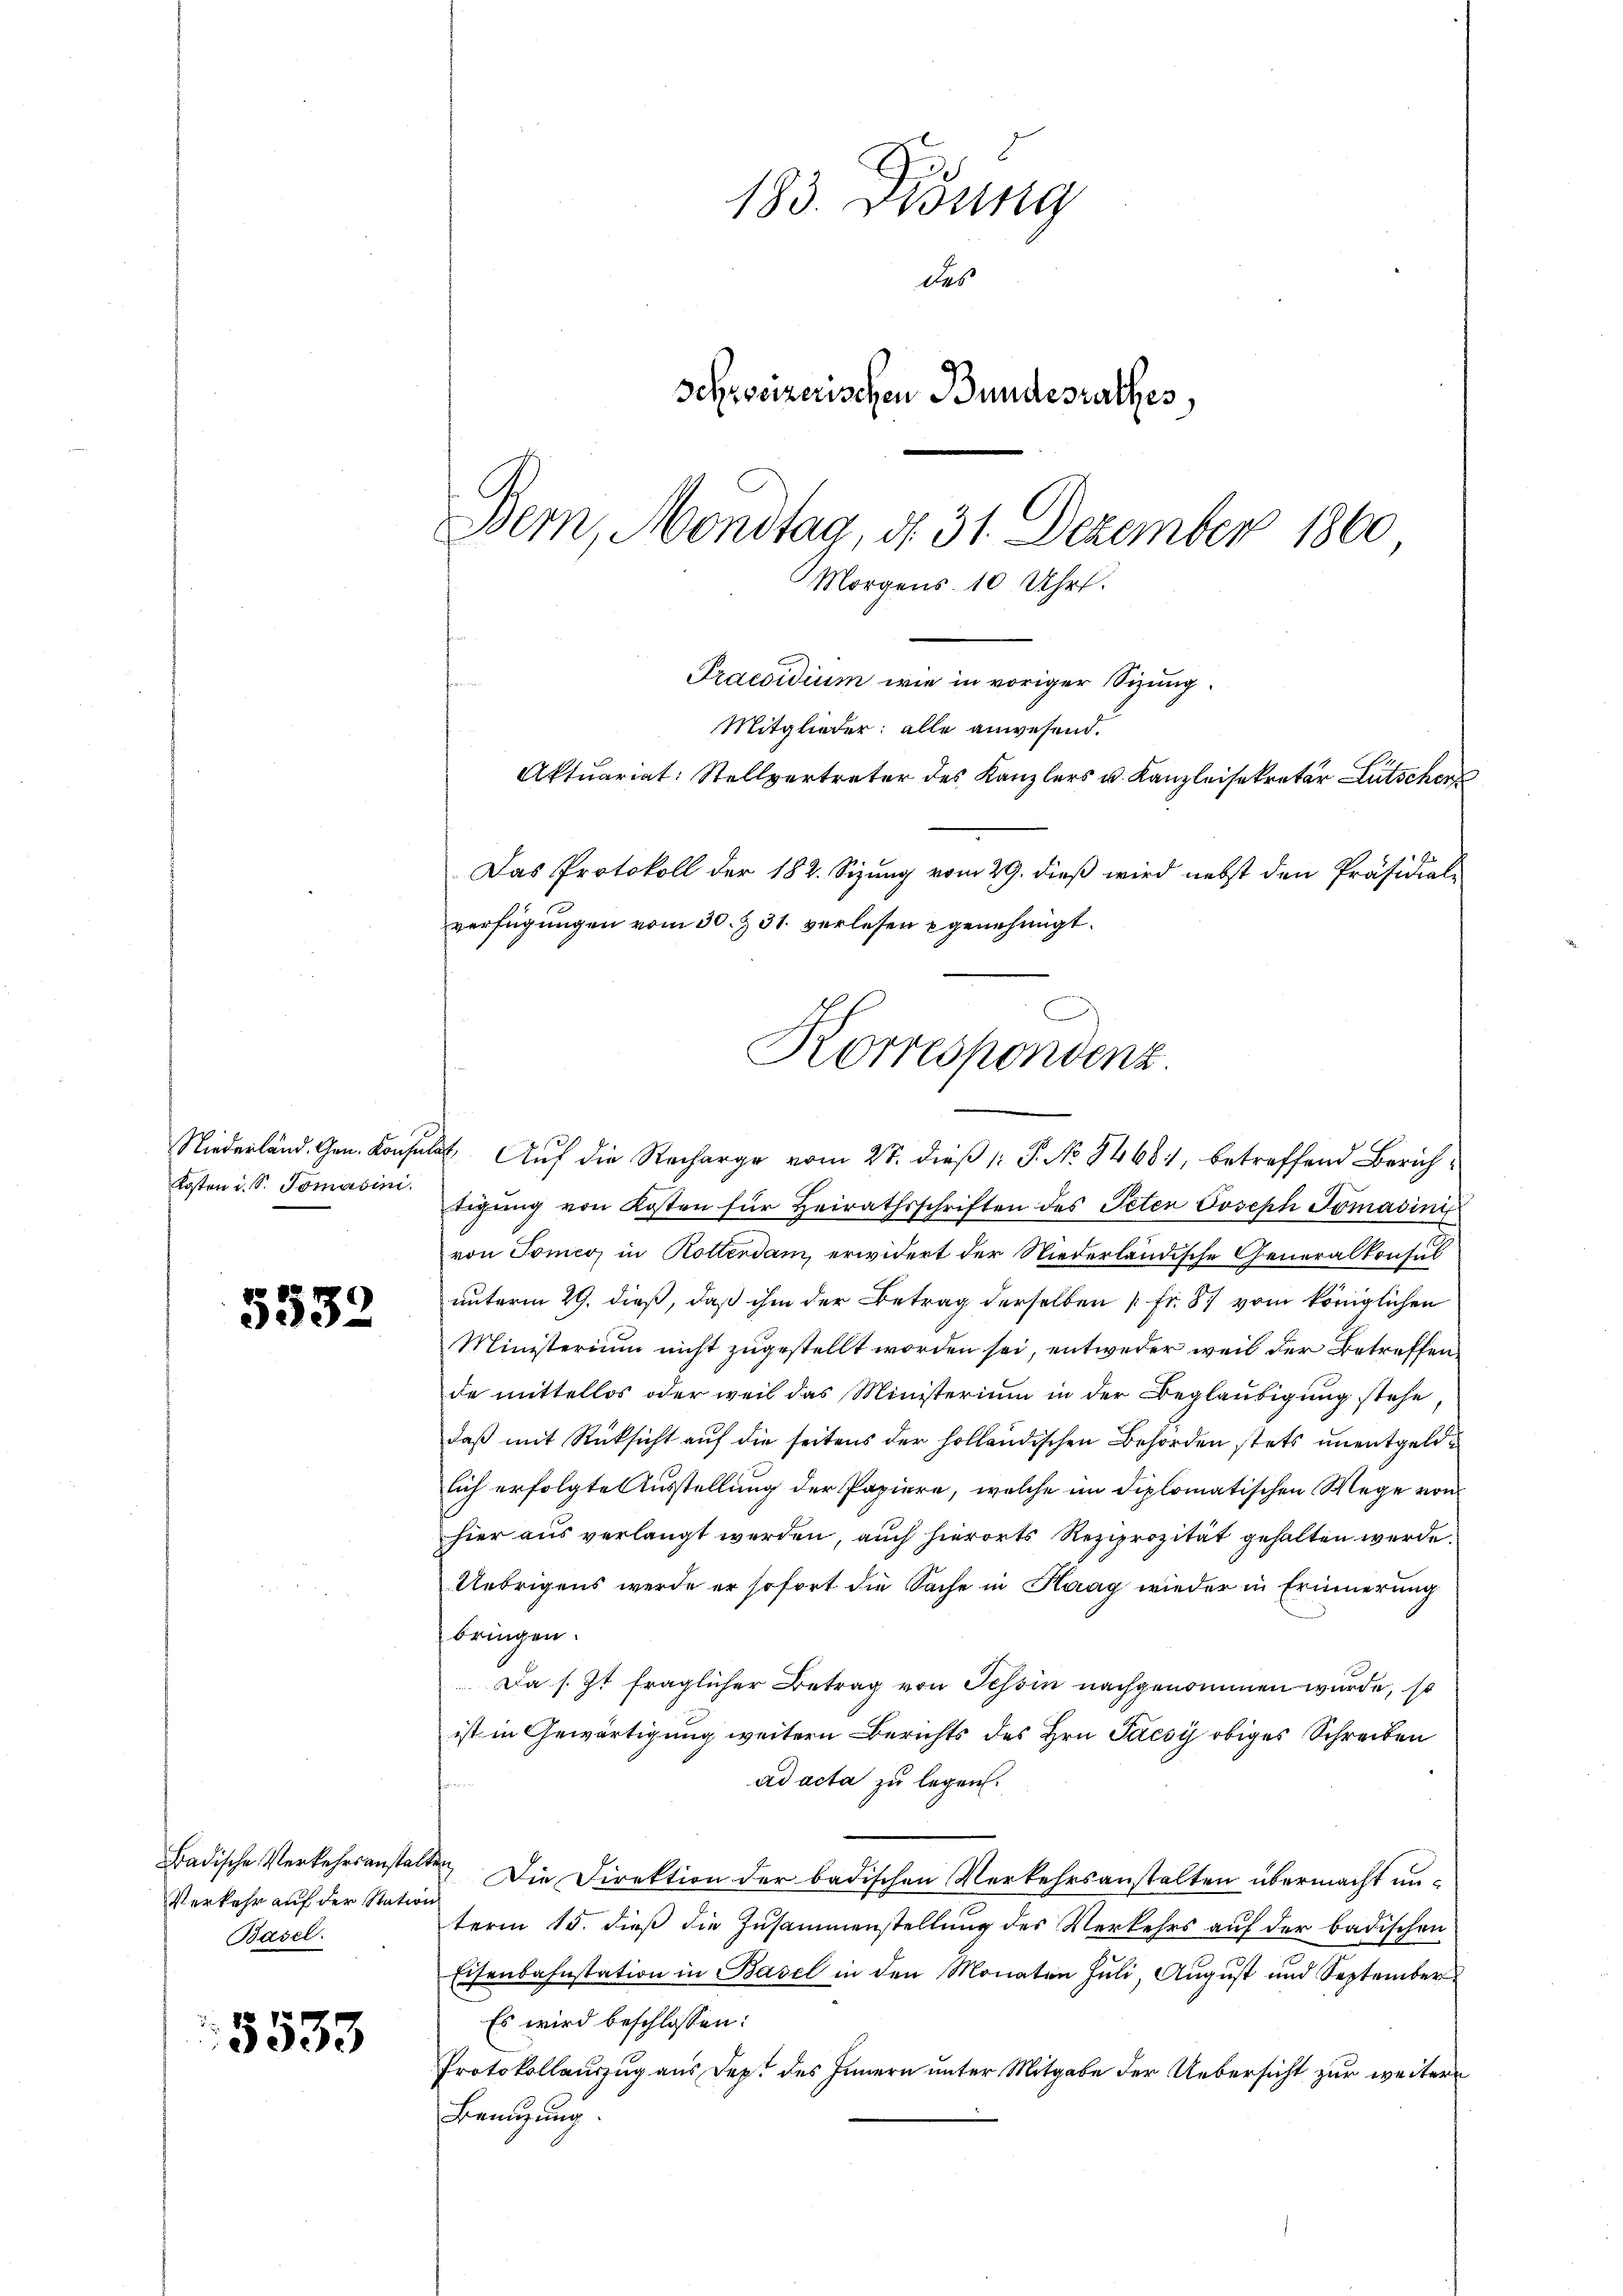
Niederländ. Gen. Konsu
Kosten d. S. Tomasini.

5333

Badische Verkehrsanstalte
Verkehr auf der Station
Basel.

5533

183. König
des
Schweizerischen Bundesrathes,
Bern, Mondtag, d. 31. Dezember 1860
Morgens 10 Uhr.

Praesidium wie in voriger Sitzung.
Mitglieder: alle anwesend.
Aktuariat: Stellvertreter des Kanzlers u. Kanzleisekretär Lütschen

Das Protokoll der 182. Sizung vom 29. dieß wird nebst den Präsidial-
2. Auf die Recharge vom 27. dieß 1: P. No 84681, betreffend Zürichdigung von Kosten für Heirathsschriften des Peten Joseph Tomadini
von Tomes, in Rotterdam, erwidert der Niederländische Generalkonsul
unterm 29. dieß, daß ihm der Betrag derselben [Fr. 87 vom königlichen
Ministerium nicht zugestellt worden sei, entweder weil der Betreffen
de mittellos oder weil das Ministerium in der Beglaubigung stehe
daß mit Rücksicht auf die seitens der holländischen Behörden stets unentgeldlich erfolgte Ausstellung der Papiere, welche im diplomatischen Wege von
hier aus verlangt werden, auch hierorts Reziprozität gehalten werde.
Uebrigens werde er sofort die Sache in Haag wieder in Erinnerung
fbringen.
Da s. Zt fraglicher Betrag von Tessin nachgenommen wurde, so
ist in Gewärtigung weitern Berichts des Hrn. Pacsy obiges Schreiben
ad acta zu legen.
 Die Direktion der badischen Verkehrsanstalten übermacht unterm 15. dieß die Zusammenstellung des Verkehrs auf der badischen
Eisenbahnstation in Basel in den Monaten Juli, August und September
Es wird beschlossen:
Protokollauszug aus Dept des Innern unter Mitgabe der Uebersicht zur weitere
Benuzung

verfügungen vom 30. & 31. verlesen genehmigt.
Korrespondenz